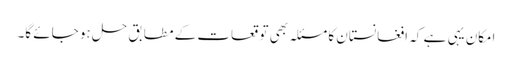
امکان یہی ہے کہ افغانستان کا مسئلہ بھی توقعات کے مطابق حل ہو جائے گا۔